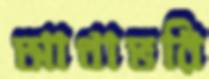
আধাভরি